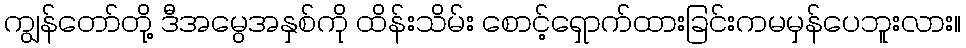
ကျွန်တော်တို့ ဒီအမွေအနှစ်ကို ထိန်းသိမ်း စောင့်ရှောက်ထားခြင်းကမမှန်ပေဘူးလား။